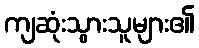
ကျဆုံးသွားသူများ၏